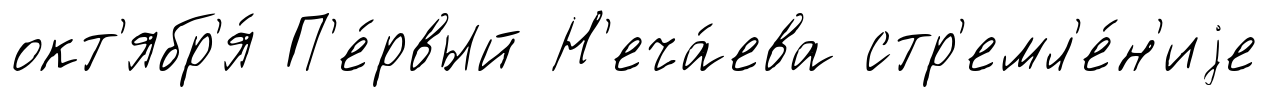
окт'ябр'я́ П'е́рвый Н'еча́ева стр'емл'е́н'иjе